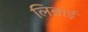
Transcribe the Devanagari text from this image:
लिब्राई